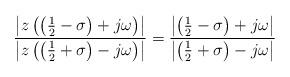
LaTeX: \begin{align*}\frac{\left| z\left(\left(\frac{1}{2}-\sigma\right) + j\omega\right)\right|}{\left|z\left(\left(\frac{1}{2}+\sigma\right) - j\omega \right)\right|} = \frac{\left|\left(\frac{1}{2}-\sigma\right) + j\omega\right|}{\left|\left(\frac{1}{2}+\sigma\right) - j\omega\right|}\end{align*}